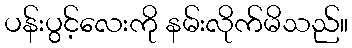
ပန်းပွင့်လေးကို နမ်းလိုက်မိသည်။